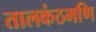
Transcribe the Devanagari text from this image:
तालकंठमणि